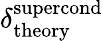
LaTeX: \delta_{\mathrm{theory}}^{\mathrm{supercond}}